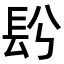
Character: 䦇